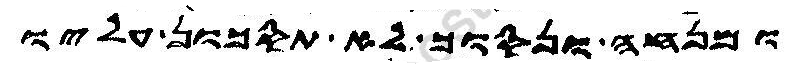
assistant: ומנחה ונסוך לא תסכון עליו